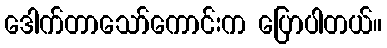
ဒေါက်တာသော်ကောင်းက ပြောပါတယ်။